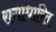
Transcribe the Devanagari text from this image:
रागाधारित